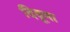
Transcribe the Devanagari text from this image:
दिवूमा